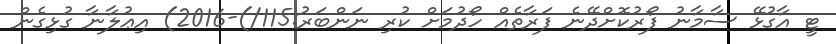
ޓީ އާގުޅޭ ސާމާނު ފޯރުކޮށްދޭނެ ފަރާތެއް ހޯދުމަށް ކުރި ނަންބަރު:115/)-2016) އިޢުލާނާ ގުޅިގެން